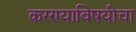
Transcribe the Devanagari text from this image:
करण्याविषयीचा